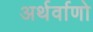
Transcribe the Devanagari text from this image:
अर्थर्वाणो